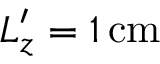
L _ { z } ^ { \prime } = 1 \, \mathrm { c m }